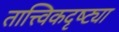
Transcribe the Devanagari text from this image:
तात्त्विकदृष्ट्या